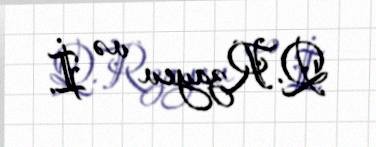
Q.Rzayev və İ.